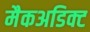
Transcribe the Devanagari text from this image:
मैकअडिक्ट